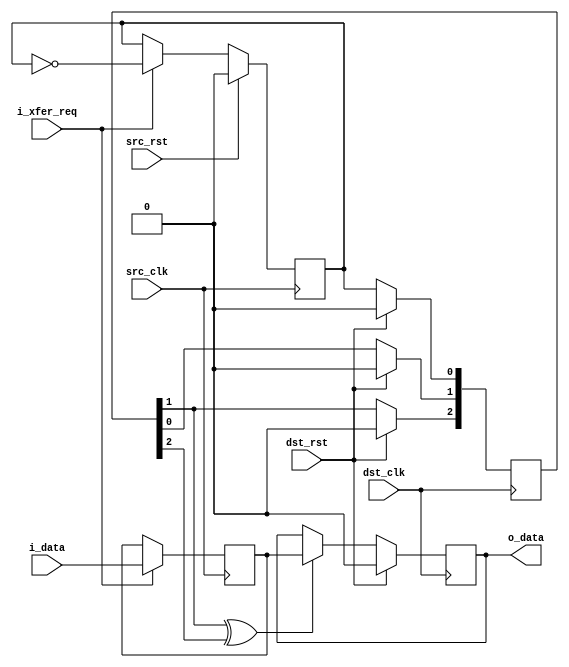
module ff_mb_sync #(parameter DATA_W = 1) (
`ifdef USE_POWER_PINS
    inout vccd1,
    inout vssd1,
`endif

    input src_clk,
    input dst_clk,

    input src_rst,
    input dst_rst,

    input [DATA_W-1:0] i_data,
    output [DATA_W-1:0] o_data,

    input i_xfer_req // transfer is possible only one time per 3 cycles
);

reg [DATA_W-1:0] s_data_ff;
always @(posedge src_clk) begin
    if (i_xfer_req)
        s_data_ff <= i_data;
end

reg s_xfer_xor_flag;
always @(posedge src_clk) begin
    if(src_rst)
        s_xfer_xor_flag <= 1'b0;
    else if (i_xfer_req)
        s_xfer_xor_flag <= ~s_xfer_xor_flag;
end

reg [2:0] d_xfer_xor_sync;
always @(posedge dst_clk) begin
    if(dst_rst) begin
        d_xfer_xor_sync[2:0] <= 3'b0;
    end else begin
        d_xfer_xor_sync[0] <= s_xfer_xor_flag;
        d_xfer_xor_sync[1] <= d_xfer_xor_sync[0];
        d_xfer_xor_sync[2] <= d_xfer_xor_sync[1];
    end
end

wire d_xfer_flag = d_xfer_xor_sync[1] ^ d_xfer_xor_sync[2];

reg [DATA_W-1:0] d_data;
always @(posedge dst_clk) begin
    if(dst_rst)
        d_data <= 'b0;
    else if(d_xfer_flag)
        d_data <= s_data_ff;
end

assign o_data = d_data;


endmodule